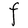
Character: F